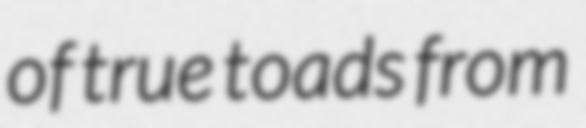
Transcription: of true toads from